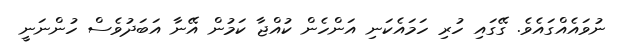
ނުވައެއްގައެވެ. ގޭގައި ހުރި ހަމައެކަނި އަންހެން ކުއްޖާ ކަމުން އޭނާ އަބަދުވެސް ހުންނަނީ